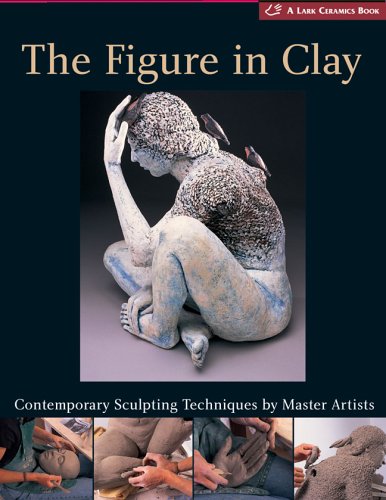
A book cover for The Figure in Clay: Contemporary Sculpting Techniques by Master Artists (A Lark Ceramics Book); Lark Books; Crafts, Hobbies & Home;